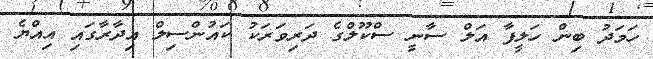
ހަމަދު ބިން ހަލީފާ އަލް ސާނީ ސްކޫލްގެ ދަރިވަރަކު ކައުންސިލް އިދާރާގައި އިއްޔެ